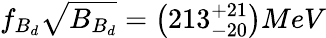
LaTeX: f_{B_{d}}\sqrt{B_{B_{d}}}=\left(213_{-20}^{+21}\right)MeV